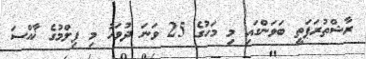
ރާޝްތުރަޕަތީ ބަވަންގައި މި މަހުގެ 25 ވަނަ ދުވަހު މި ފިލްމުގެ ޚާއްސަ